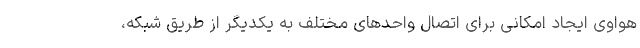
هواوی ایجاد امکانی برای اتصال واحدهای مختلف به یکدیگر از طریق شبکه،